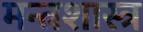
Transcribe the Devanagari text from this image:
मन्त्रशास्त्र